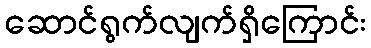
ဆောင်ရွက်လျက်ရှိကြောင်း